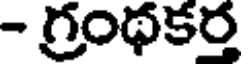
- గ్రంథకర్త